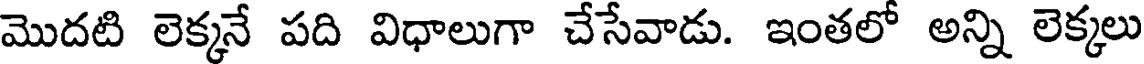
మొదటి లెక్కనే పది విధాలుగా చేసేవాడు. ఇంతలో అన్ని లెక్కలు